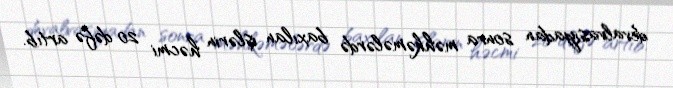
devalvasiyadan sonra məhkəmələrdə baxılan işlərin həcmi 20 dəfə artıb.